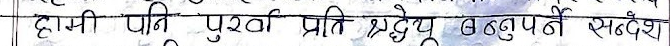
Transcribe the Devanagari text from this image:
हामी पनि पुर्खा प्रति श्रद्धेय हुनुपर्ने सन्देश